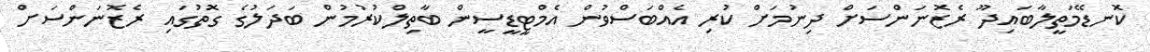
ކޮނޑޭމަތީލާބައިދޫ ރެޒޮނަންސަށް ދިނުމަށް ކުރި އެެއްބަސްވުން އެމްޓީޑީސީން ބާތިލްކުރުމުން ބަދަލުގެ ގޮތުގައި ރެޒޮނަންސަށް